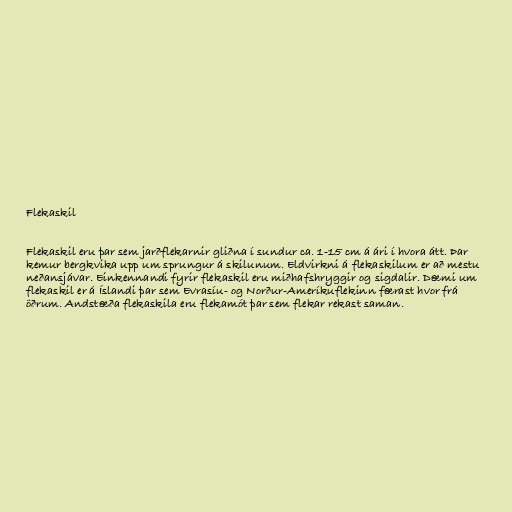
Flekaskil

Flekaskil eru þar sem jarðflekarnir gliðna í sundur ca. 1-15 cm á ári í hvora átt. Þar
kemur bergkvika upp um sprungur á skilunum. Eldvirkni á flekaskilum er að mestu
neðansjávar. Einkennandi fyrir flekaskil eru miðhafshryggir og sigdalir. Dæmi um
flekaskil er á Íslandi þar sem Evrasíu- og Norður-Ameríkuflekinn færast hvor frá
öðrum. Andstæða flekaskila eru flekamót þar sem flekar rekast saman.